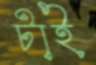
টাই